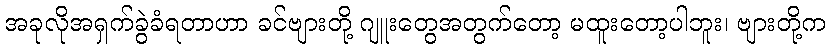
အခုလိုအရှက်ခွဲခံရတာဟာ ခင်ဗျားတို့ ဂျူးတွေအတွက်တော့ မထူးတော့ပါဘူး၊ ဗျားတို့က